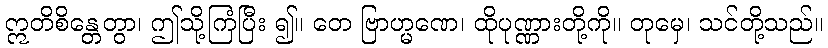
ဣတိစိန္တေတွာ၊ ဤသို့ကြံပြီး ၍။ တေ ဗြာဟ္မဏေ၊ ထိုပုဏ္ဏားတို့ကို။ တုမှေ၊ သင်တို့သည်။